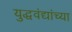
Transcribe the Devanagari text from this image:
युद्धवंद्यांच्या